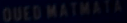
OuedMatmata